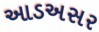
આડઅસર